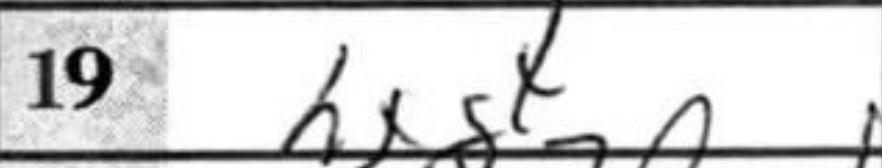
Transcription: hxg4